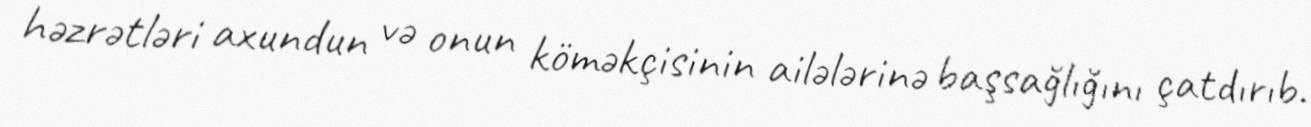
həzrətləri axundun və onun köməkçisinin ailələrinə başsağlığını çatdırıb.